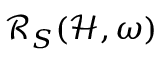
\mathcal { R } _ { S } ( \mathcal { H } , \omega )